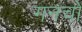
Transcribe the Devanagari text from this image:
गनचों